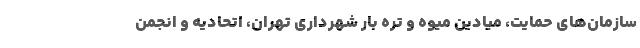
سازمان‌های حمایت، میادین میوه و تره بار شهرداری تهران، اتحادیه و انجمن